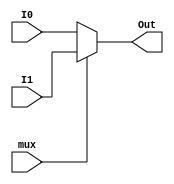
/*
 * Helping mux modules
 */

module Mux2_32(
				input [31:0] I0, I1,
				input mux,
				output [31:0] Out);
	assign Out = mux?I1:I0;
endmodule

module Mux4_32(
				input [31:0] I0, I1, I2, I3,
				input [1:0] mux,
				output [31:0] Out);
	assign Out = mux[1]?(mux[0]?I3:I2):(mux[0]?I1:I0);
endmodule

module Mux4_5(
				input [4:0] I0, I1, I2, I3,
				input [1:0] mux,
				output [4:0] Out);
	assign Out = mux[1]?(mux[0]?I3:I2):(mux[0]?I1:I0);
endmodule